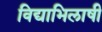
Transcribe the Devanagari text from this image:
विद्याभिलाषी